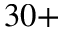
{ 3 0 + }